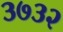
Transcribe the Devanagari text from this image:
३७३२